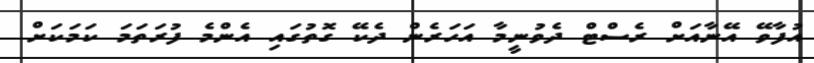
އުފާވޭ އޭނާއަށް ރެސްޓް ދެވުނީމާ އަހަރެން ދެކޭ ގޮތުގައި އެންމެ ފުރަތަމަ ކަމަކަށް